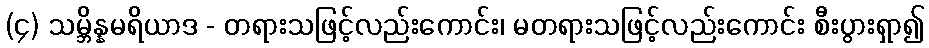
(၄) သမ္ဘိန္နမရိယာဒ - တရားသဖြင့်လည်းကောင်း၊ မတရားသဖြင့်လည်းကောင်း စီးပွားရှာ၍